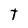
Character: T